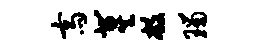
斋冀敝瑙